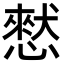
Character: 憖